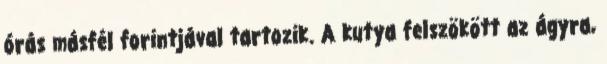
órás másfél forintjával tartozik. A kutya felszökött az ágyra,